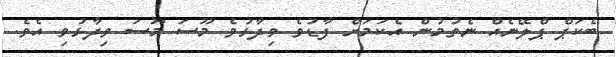
ބެކަޕް ޕްލޭނެއް ނެތުމުން އެކަމަށް ފާޑުވެ ވިދާޅުވެ މޫސަ މޫސަ ވިދާޅުވި އެވެ.